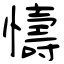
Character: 懤